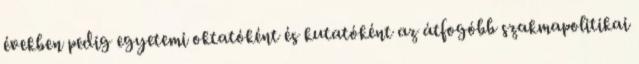
években pedig egyetemi oktatóként és kutatóként az átfogóbb szakmapolitikai